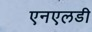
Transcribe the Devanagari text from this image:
एनएलडी